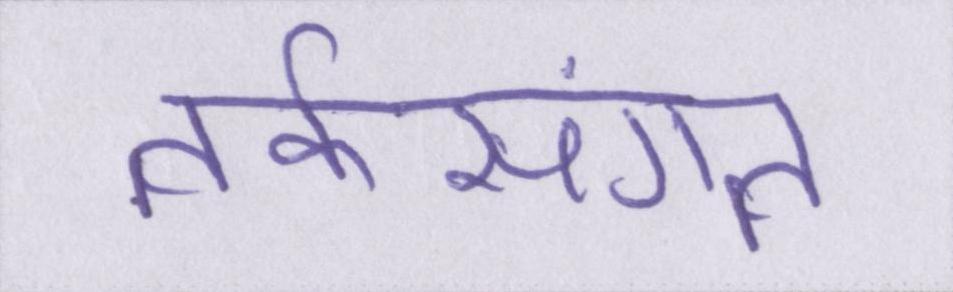
तर्कसंगत